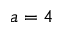
a = 4